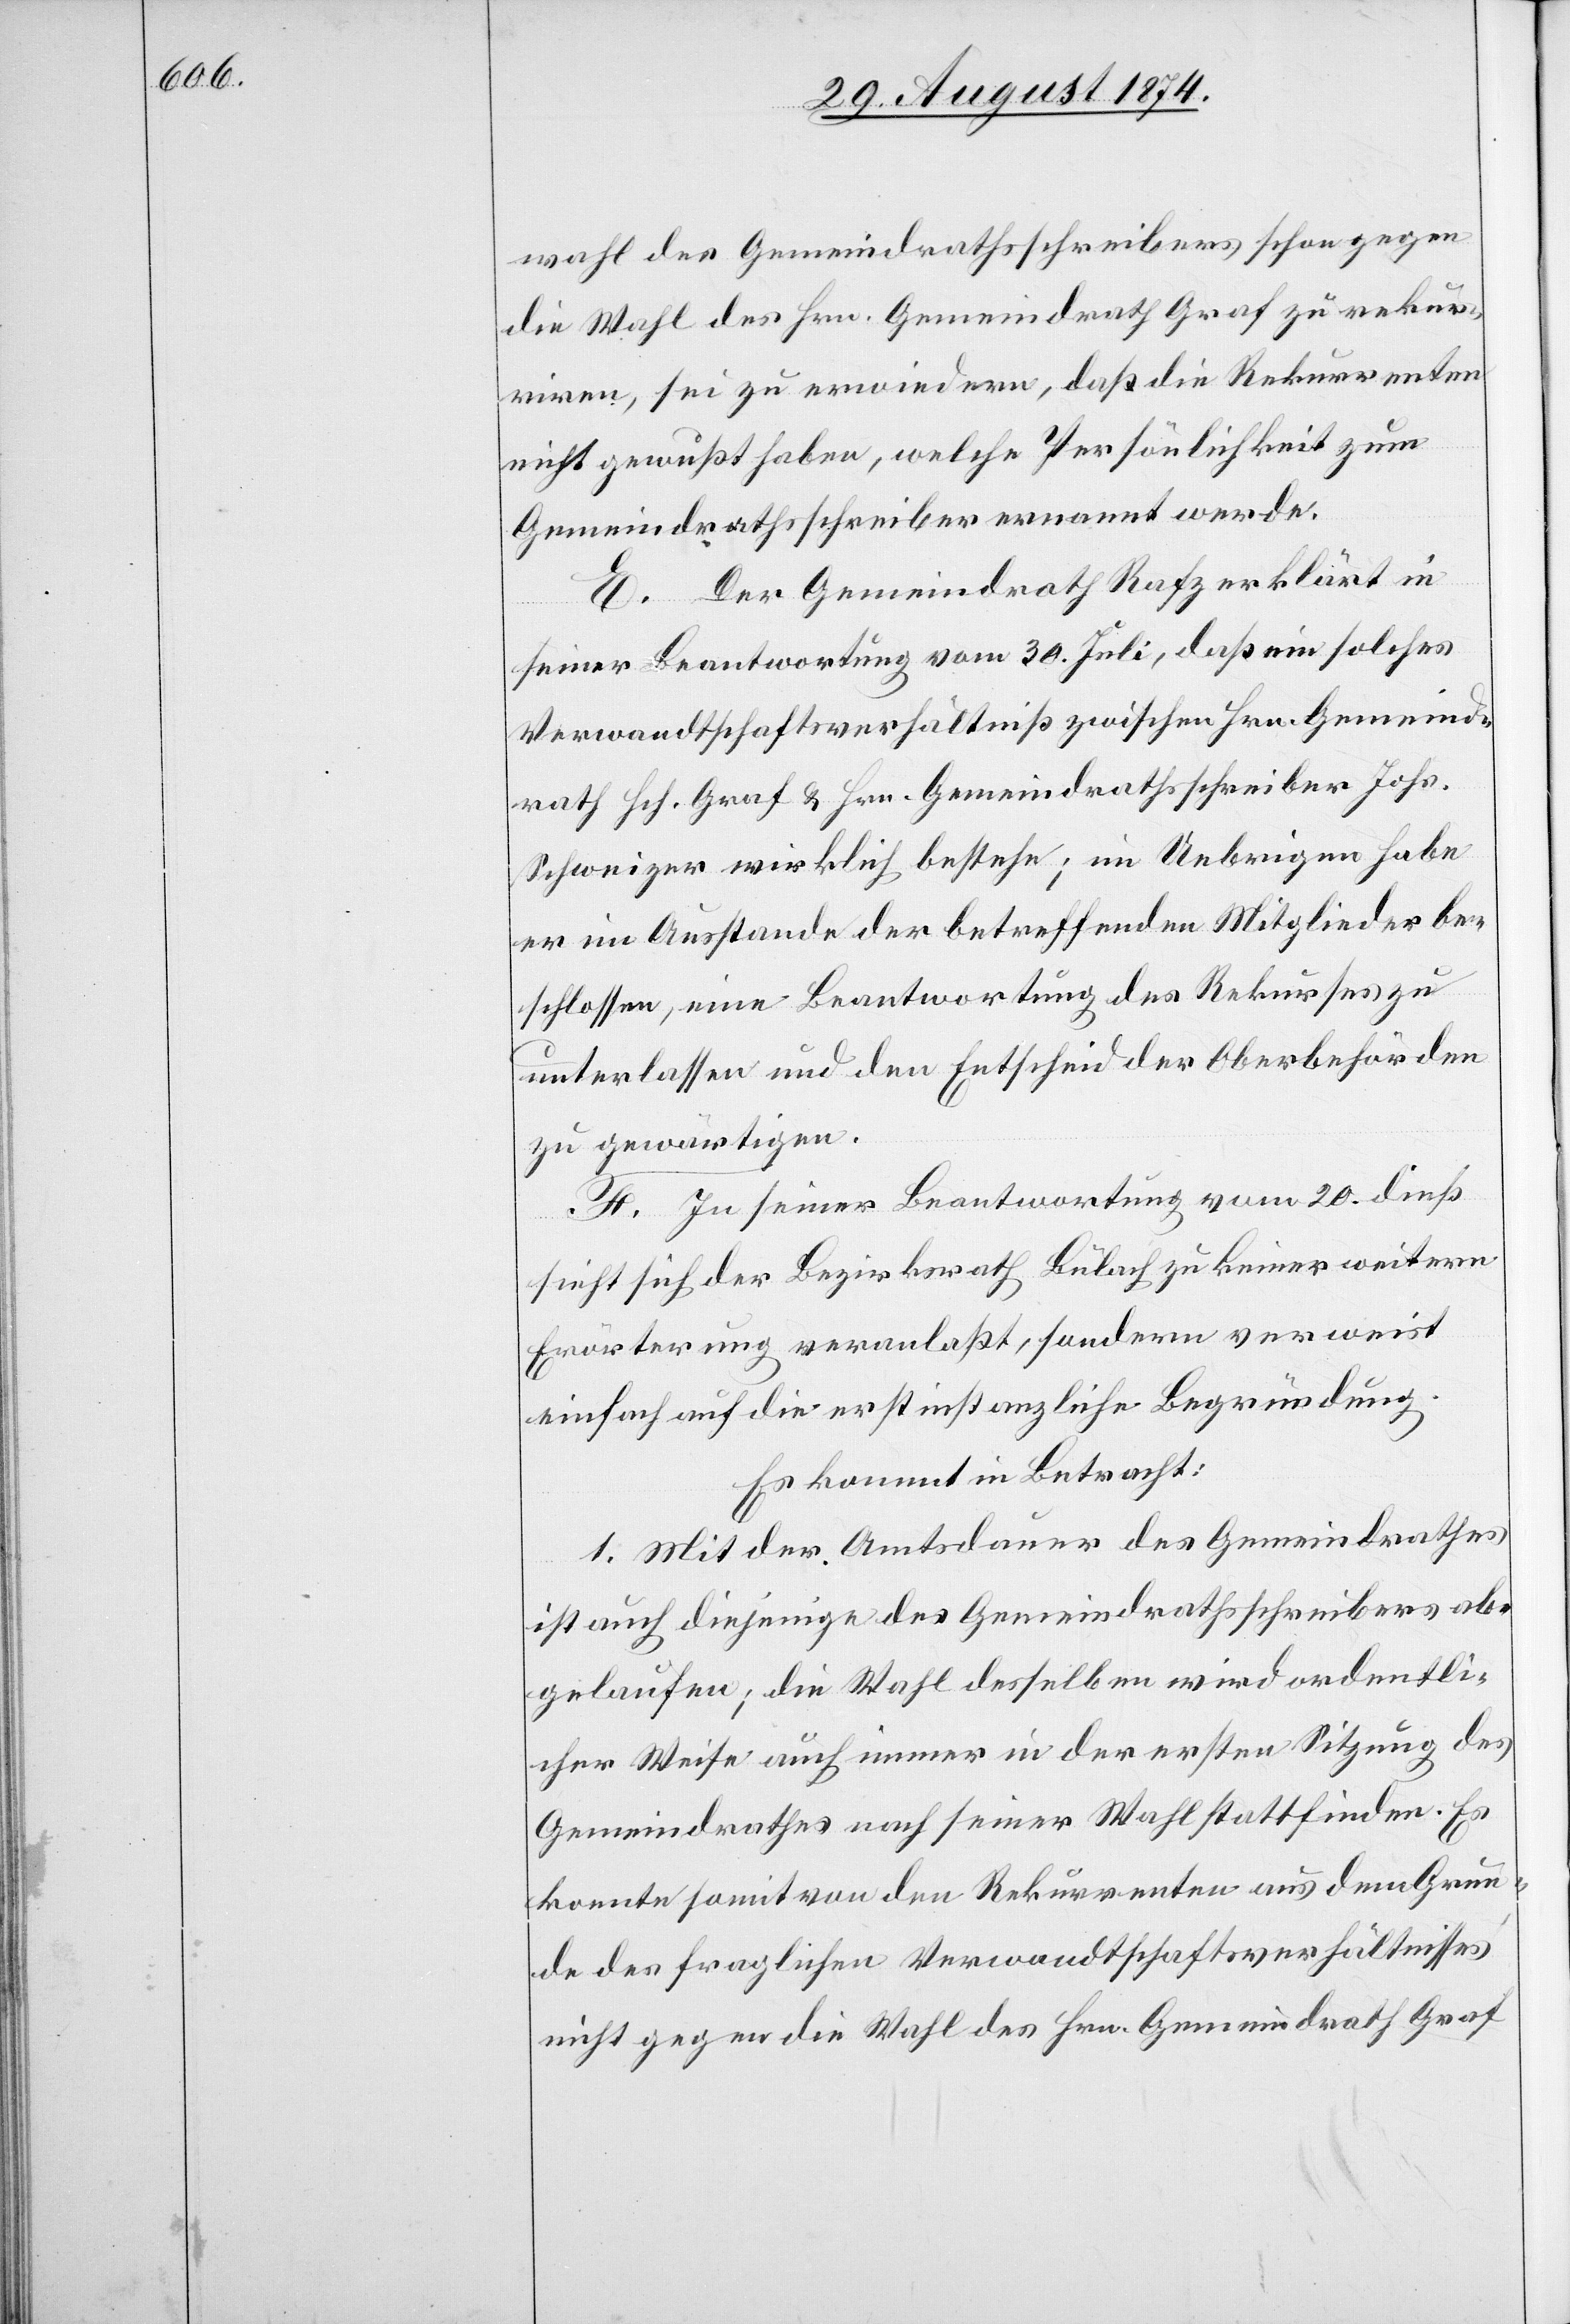
wahl des Gemeindrathsschreibers schon gegen
die Wahl des Hrn. Gemeindrath Graf zu rekur¬
riren, sei zu erwiedern, daß die Rekurrenten
nicht gewußt haben, welche Persönlichkeit zum
Gemeindrathsschreiber ernannt werde.
E. Der Gemeindrath Rafz erklärt in
seiner Beantwortung vom 30. Juli, daß ein solches
Verwandtschaftsverhältniß zwischen Hrn. Gemeind¬
rath Hch. Graf u. Hrn. Gemeindrathsschreiber Johs.
Schweizer wirklich bestehe; im Uebrigen habe
er im Ausstande der betreffenden Mitglieder be¬
schlossen, eine Beantwortung des Rekures zu
unterlassen und den Entscheid der Oberbehörden
zu gewärtigen.
F. In seiner Beantwortung vom 20. dieß
sieht sich der Bezirksrath Bülach zu keiner weitern
Erörterung veranlaßt, sondern verweist
einfach auf die erstinstanzliche Begründung.
Es kommt in Betracht:
1. Mit der Amtsdauer des Gemeindrathes
ist auch diejenige des Gemeindrathsschreibers ab¬
gelaufen; die Wahl desselben wird ordentli¬
cher Weise auch immer in der ersten Sitzung des
Gemeidrathes nach seiner Wahl stattfinden. Es
konnte somit von den Rekurrenten aus dem Grun¬
de des fraglichen Verwandtschaftsverhältnisses
nicht gegen die Wahl des Hrn. Gemeindrath Graf